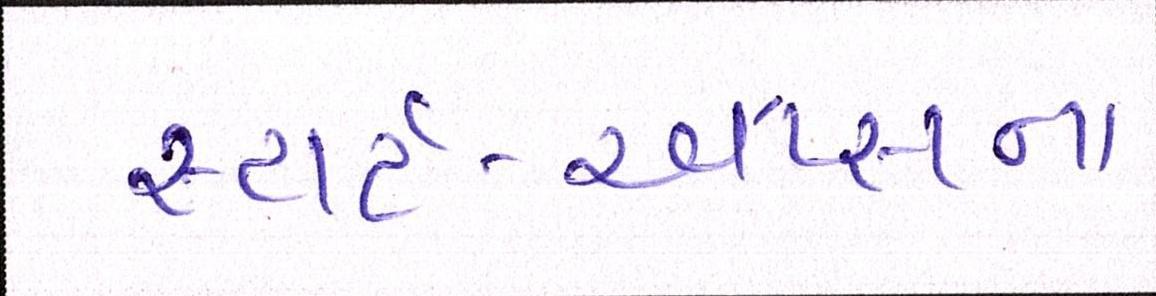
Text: સ્ટાર્ટ-અપ્સના